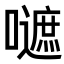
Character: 𡂪